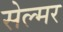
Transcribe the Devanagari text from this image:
सेल्मर